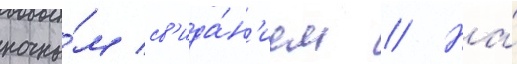
ночны́м св'ида́н'ием // На́